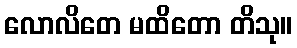
လောလိတေ မထိတော တိသု။